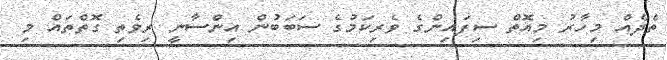
ތެދެއް މިހާރު މިއޮތް ސިފައިންގެ ވެރިކަމުގެ ސަބަބުން އިންސާނީ ރިވެތި ގޮތްތައް މި